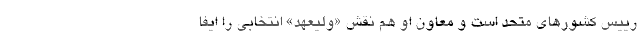
رییس کشورهای متحد است و معاون او هم نقش «ولیعهد» انتخابی را ایفا